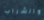
والشراب